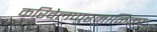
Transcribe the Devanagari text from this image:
करिवेलप्पुरमाळिका